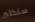
سنكلير